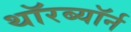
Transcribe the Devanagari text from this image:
थॉरब्यॉर्न